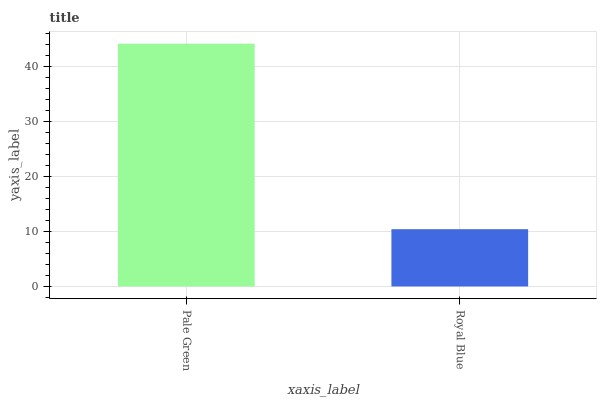
| xaxis_label | bars |
 | --- | --- |
 | Pale Green | 44.2 |
 | Royal Blue | 10.4 |